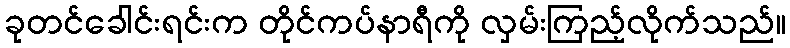
ခုတင်ခေါင်းရင်းက တိုင်ကပ်နာရီကို လှမ်းကြည့်လိုက်သည်။